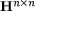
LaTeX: \mathbf { H } ^ { n \times n }